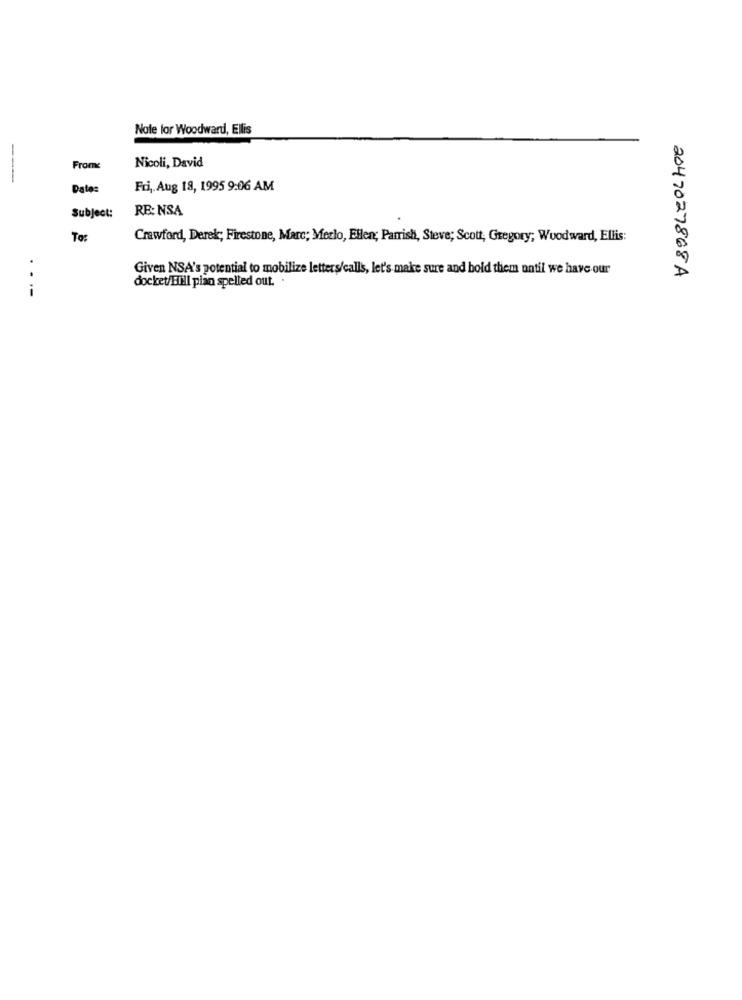
Nale for Woodward, Ellis
Nicoli, David
Frone
---
Date:
Fri, Aug 18, 1995 9:06 AM
Subject:
RE: NSA
To:
Crawford, Derek; Firestone, Marc; Merlo, Ellen; Parrish, Steve; Scott, Gregory; Woodward, Ellis:
Given NSA's potential to mobilize letters/calls, let's make sure and bold them until we have our
docket/Bill pian spelled out.
2047027868A
.--